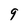
Character: 9